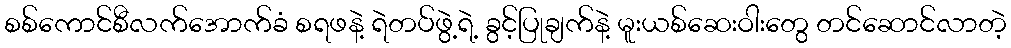
စစ်ကောင်စီလက်အောက်ခံ စရဖနဲ့ ရဲတပ်ဖွဲ့ရဲ့ ခွင့်ပြုချက်နဲ့ မူးယစ်ဆေးဝါးတွေ တင်ဆောင်လာတဲ့